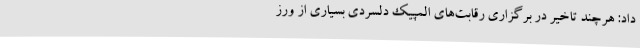
داد: هرچند تاخیر در برگزاری رقابت‌های المپیک دلسردی بسیاری از ورز